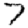
Digit: 7